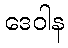
ဒေဝါန